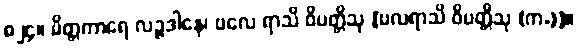
၈၂၄။ မိတ္တကာရေ လဉ္ဇဒါနေ၊ ဗလေ ရာသိ ဝိပတ္တိသု [ဗလရာသိ ဝိပတ္တိသု (က.)]။